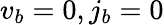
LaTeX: v_{b}=0,j_{b}=0